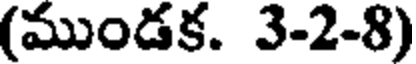
(ముండక. 3-2-8)